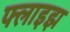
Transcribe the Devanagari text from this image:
फ्लाइझ